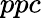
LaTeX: ppc